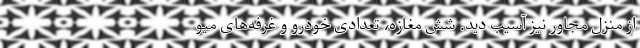
از منزل مجاور نیز آسیب دید. شش مغازه، تعدادی خودرو و غرفه‌های میو